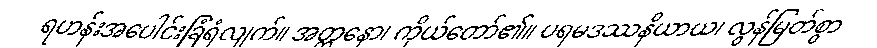
ရဟန်းအပေါင်းခြံရံလျက်။ အတ္တနော၊ ကိုယ်တော်၏။ ပရမဒဿနိယာယ၊ လွန်မြတ်စွာ